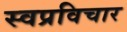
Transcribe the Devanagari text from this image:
स्वप्रविचार